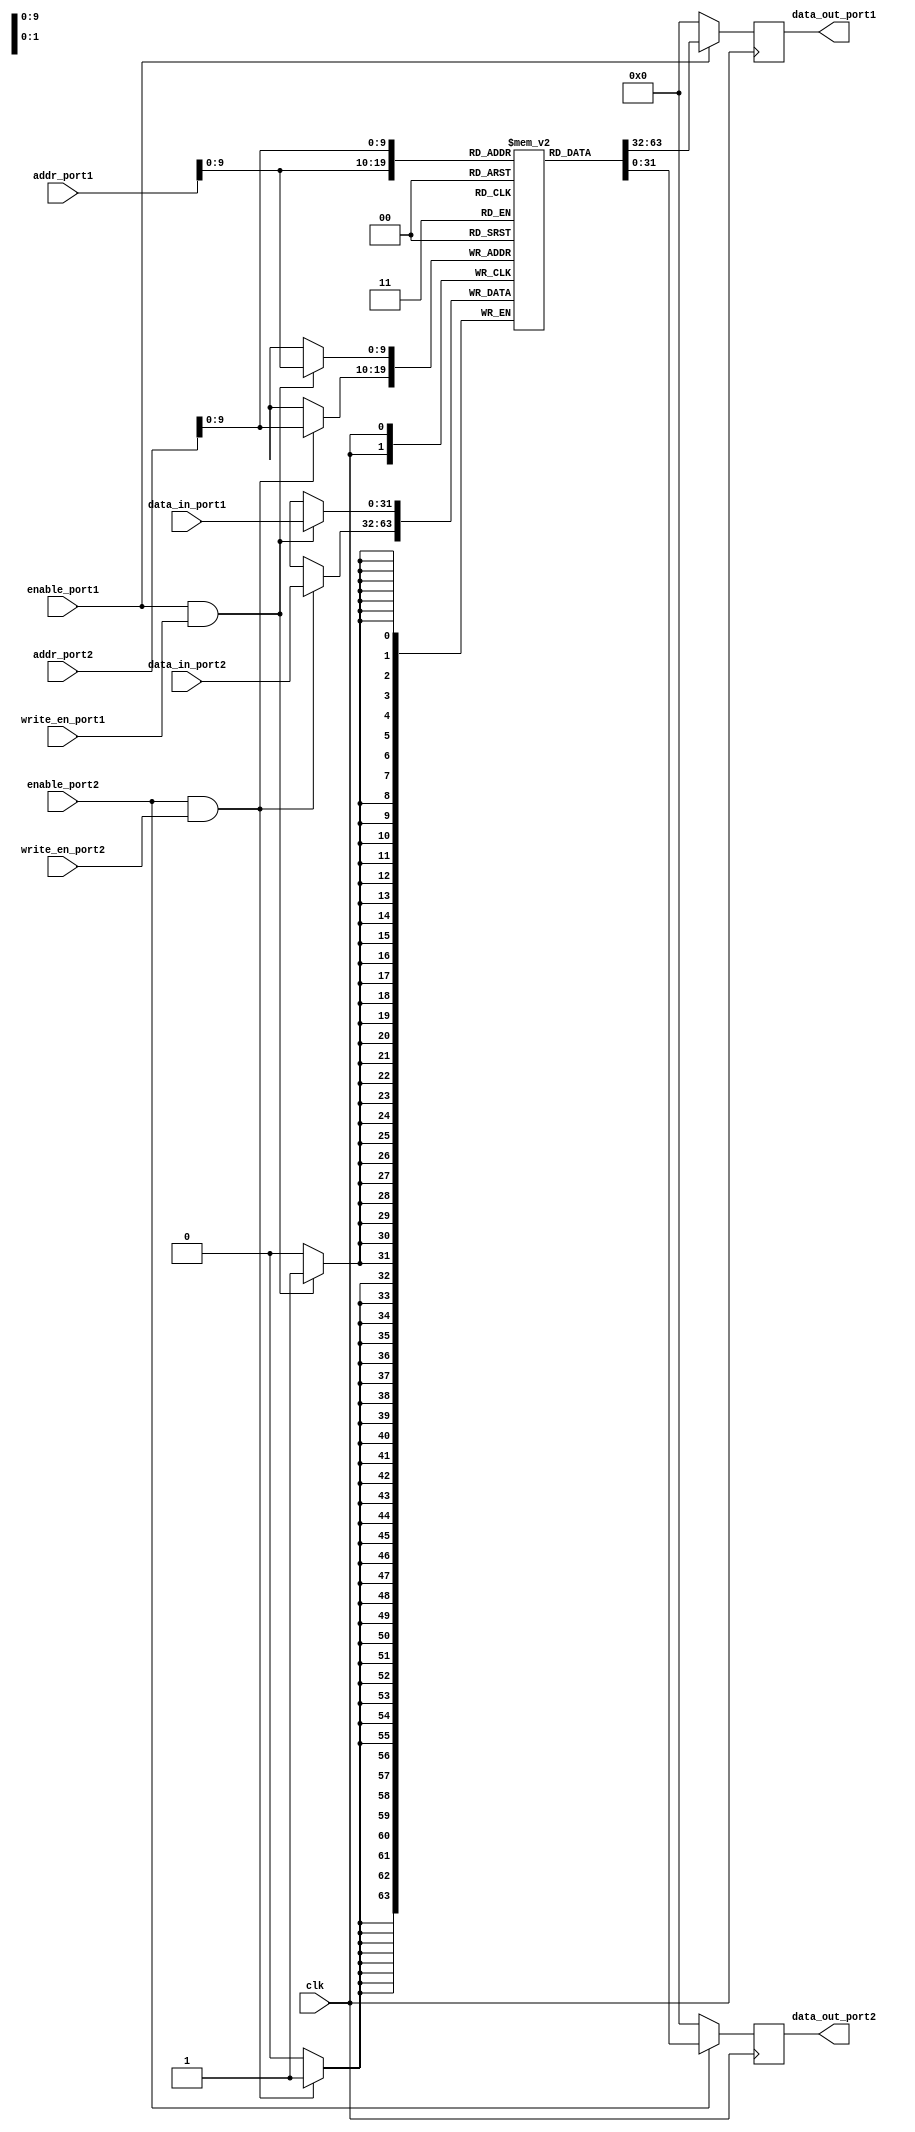
module dual_port_RAM (
    input clk,
    input [31:0] addr_port1,
    input [31:0] addr_port2,
    input [31:0] data_in_port1,
    input [31:0] data_in_port2,
    input enable_port1,
    input enable_port2,
    input write_en_port1,
    input write_en_port2,
    output reg [31:0] data_out_port1,
    output reg [31:0] data_out_port2
);

reg [31:0] memory [0:1023];

always @(posedge clk) begin
    if (enable_port1 && write_en_port1)
        memory[addr_port1] <= data_in_port1;
    
    if (enable_port2 && write_en_port2)
        memory[addr_port2] <= data_in_port2;
    
    data_out_port1 <= enable_port1 ? memory[addr_port1] : 0;
    data_out_port2 <= enable_port2 ? memory[addr_port2] : 0;
end

endmodule